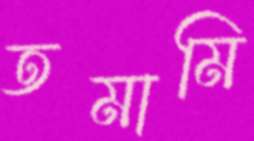
তমামি